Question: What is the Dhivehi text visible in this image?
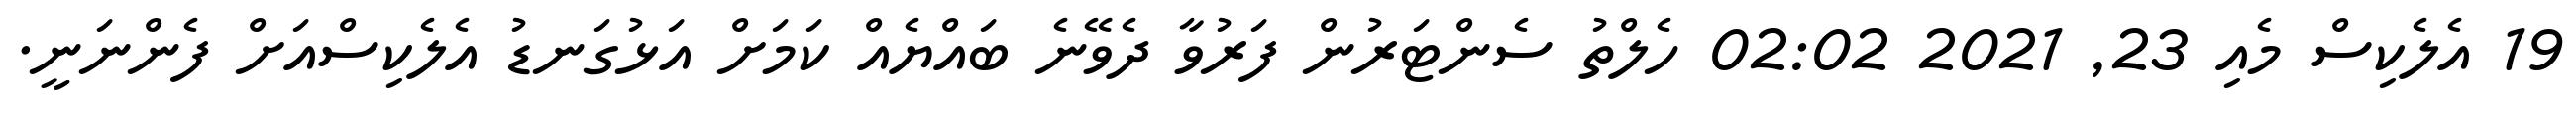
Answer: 19 އެލެކިސް މެއި 23, 2021 02:02 ހެލްތު ސެންޓަރުން ފަރުވާ ދެވޭނެ ބައްޔެއް ކަމަށް އަޅުގަނޑު އެލެކިސްއަށް ފެންނަނީ.